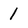
Character: 1